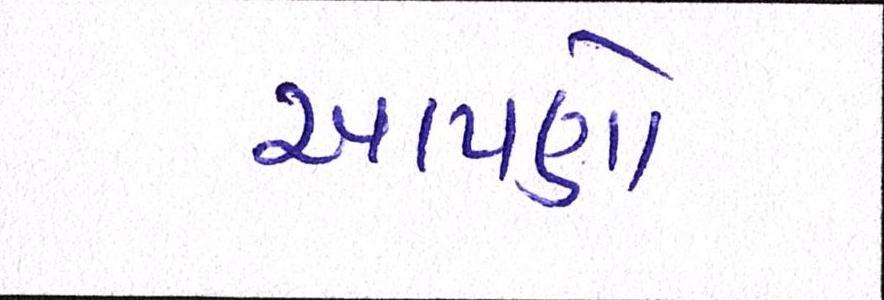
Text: આપણો